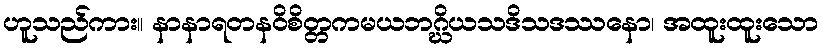
ဟူသည်ကား။ နာနာရတနဝိစိတ္တကမယဘဂ္ဃိယသဒိသဒဿနော၊ အထူးထူးသော